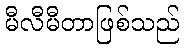
မီလီမီတာဖြစ်သည်